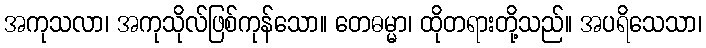
အကုသလာ၊ အကုသိုလ်ဖြစ်ကုန်သော။ တေဓမ္မာ၊ ထိုတရားတို့သည်။ အပရိသေသာ၊